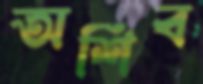
অশিব